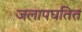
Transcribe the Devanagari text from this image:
जलापघतित